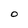
Character: O